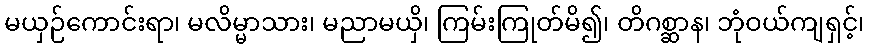
မယှဉ်ကောင်းရာ၊ မလိမ္မာသား၊ မညာမယှိ၊ ကြမ်းကြုတ်မိ၍၊ တိဂစ္ဆာန၊ ဘုံဝယ်ကျရှင့်၊